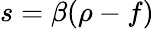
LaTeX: s=\beta(\rho-f)